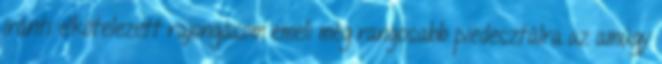
iránti elkötelezett rajongásom emeli még rangosabb piedesztálra az amúgy